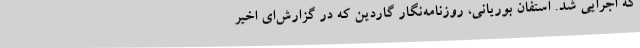
که اجرایی شد. استفان بوریانی، روزنامه‌نگار گاردین که در گزارش‌ای اخیر